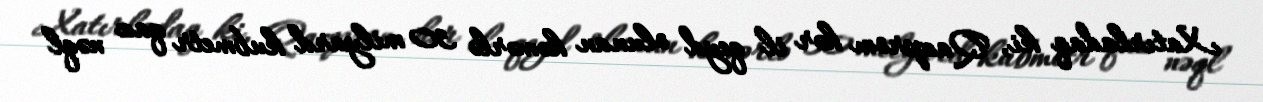
Xatırladaq ki, Qazprom hər il qeyd olunan kəmərlə 30 milyard kubmetr qaz nəql